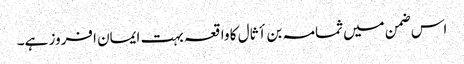
اس ضمن میں ثمامہ بن أثال کا واقعہ بہت ایمان افروز ہے۔